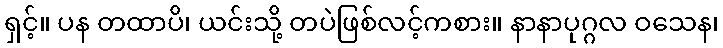
ရှင့်။ ပန တထာပိ၊ ယင်းသို့ တပဲဖြစ်လင့်ကစား။ နာနာပုဂ္ဂလ ဝသေန၊